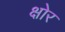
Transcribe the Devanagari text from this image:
क्षोर